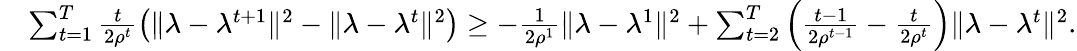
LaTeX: \begin{array}{rl}&{\sum_{t=1}^{T}\frac{t}{2\rho^{t}}\big(\| \lambda-\lambda^{t+1}\| ^{2}-\| \lambda-\lambda^{t}\| ^{2}\big)\geq-\frac{1}{2\rho^{1}}\| \lambda-\lambda^{1}\| ^{2}+\sum_{t=2}^{T}\Big(\frac{t-1}{2\rho^{t-1}}-\frac{t}{2\rho^{t}}\Big)\| \lambda-\lambda^{t}\| ^{2}.}\end{array}